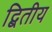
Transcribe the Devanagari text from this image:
द्बितीय